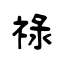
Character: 祿